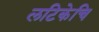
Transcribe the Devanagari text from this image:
लटिकेचि